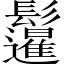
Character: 𲌣